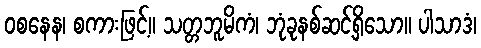
ဝစနေန၊ စကားဖြင့်။ သတ္တဘူမိကံ၊ ဘုံခုနစ်ဆင့်ရှိသော။ ပါသာဒံ၊